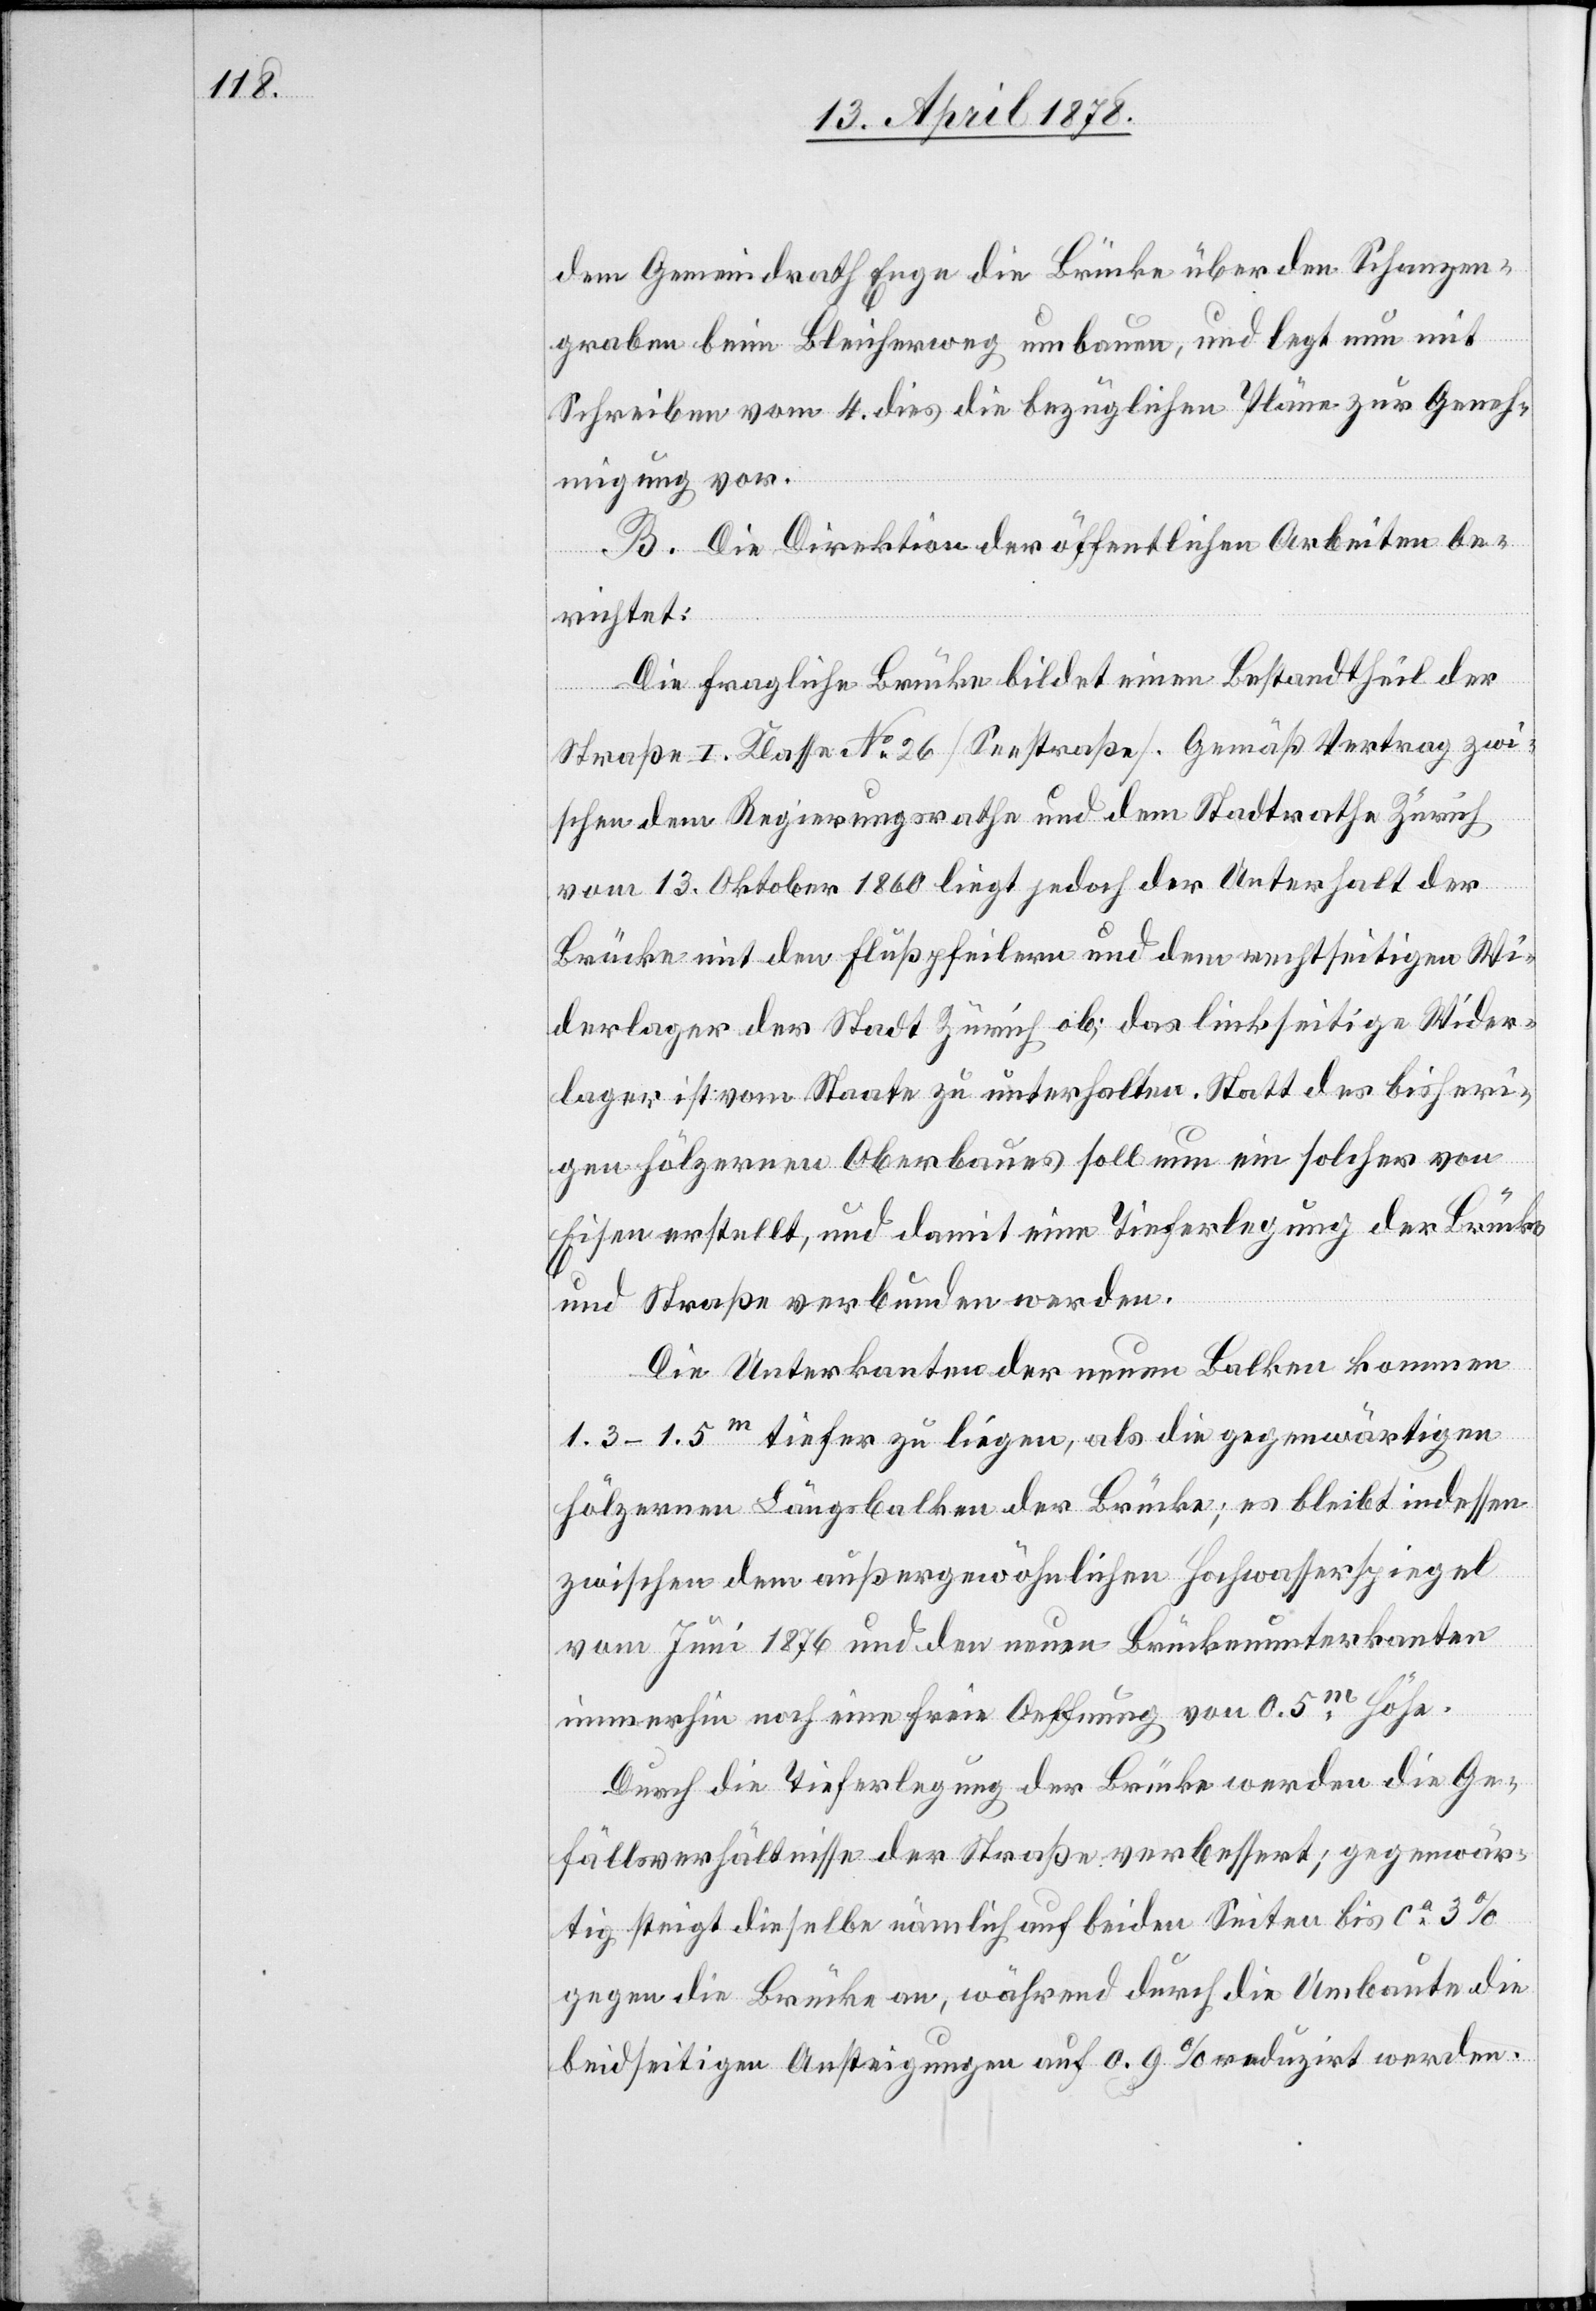
dem Gemeindrath Enge die Brücke über den Schanzen¬
graben beim Bleicherweg umbauen, und legt nun mit
Schreiben vom 4. dies die bezüglichen Pläne zur Geneh¬
migung vor.
B. Die Direktion der öffentlichen Arbeiten be¬
richtet:
Die fragliche Brücke bildet einen Bestandtheil der
Straße I. Klasse No 26 (Seestraße). Gemäß Vertrag zwi¬
schen dem Regierungsrathe und dem Stadtrathe Zürich
vom 13. Oktober 1860 liegt jedoch der Unterhalt der
Brücke mit den Flußpfeilern und dem rechtseitigen Wi¬
derlager der Stadt Zürich ob; das linksseitige Wider¬
lager ist vom Staate zu unterhalten. Statt des bisheri¬
gen hölzernen Oberbaues soll nun ein solches von
Eisen erstellt, und damit eine Tieferlegung der Brücke
und Straße verbunden werden.
Die Unterkanten der neuen Balken kommen
1.3–1.5m tiefer zu liegen, als die gegenwärtigen
hölzernen Längsbalken der Brücke; es bleibt indessen
zwischen dem außergewöhnlichen Hochwasserspiegel
vom Juni 1876 und den neuen Brückenunterkanten
immerhin noch eine freie Oeffnung von 0.5m Höhe.
Durch die Tieferlegung der Brücke werden die Ge¬
fällsverhältnisse der Straße verbessert; gegenwär¬
tig steigt dieselbe nämlich auf beiden Seiten bis ca 3%
gegen die Brücke, während durch die Umbaute die
beidseitigen Ansteigungen auf 0.9% reduzirt werden.